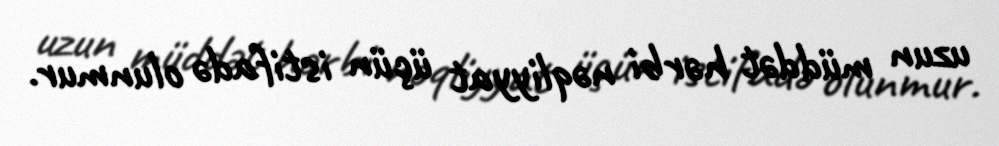
uzun müddət hərbi nəqliyyat üçün istifadə olunmur.